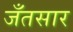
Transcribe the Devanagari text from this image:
जँतसार